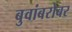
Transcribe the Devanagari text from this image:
बुवांबरोबर